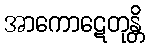
အာကောဋေတုန္တိ